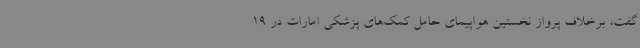
گفت، برخلاف پرواز نخستین هواپیمای حامل کمک‌های پزشکی امارات در 19